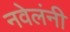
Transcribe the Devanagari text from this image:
नवेलंनी